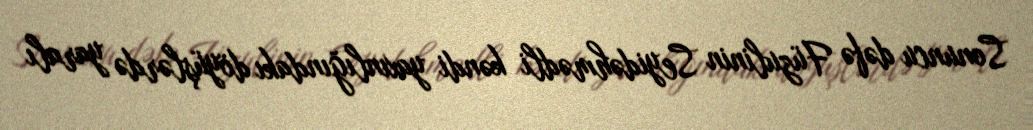
Sonuncu dəfə Füzulinin Seyidəhmədli kəndi yaxınlığındakı döyüşlərdə yaralı